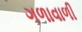
ગળાવાળી